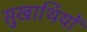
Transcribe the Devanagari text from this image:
सुखार्थियों